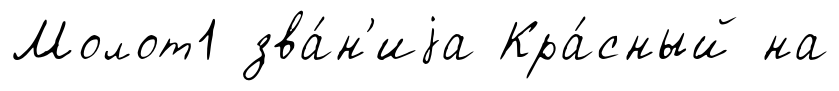
Молот1 зва́н'иjа Кра́сный на